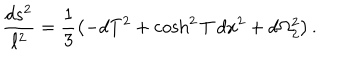
{ \frac { d s ^ { 2 } } { \ell ^ { 2 } } } = \frac { 1 } { 3 } \left( - d T ^ { 2 } + \cosh ^ { 2 } T \, d x ^ { 2 } + d \Omega _ { 2 } ^ { 2 } \right) .